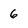
Character: 6